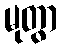
မုတွာ